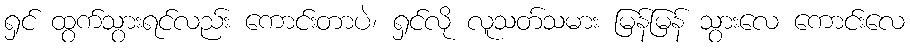
ရှင် ထွက်သွားရင်လည်း ကောင်းတာပဲ၊ ရှင်လို လူသတ်သမား မြန်မြန် သွားလေ ကောင်းလေ